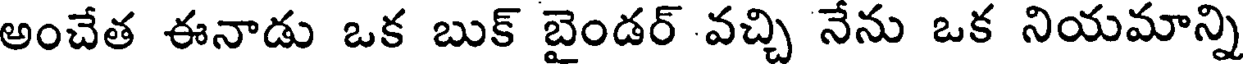
అంచేత ఈనాడు ఒక బుక్ బైండర్ వచ్చి నేను ఒక నియమాన్ని